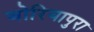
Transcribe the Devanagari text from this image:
बोरियापुरा